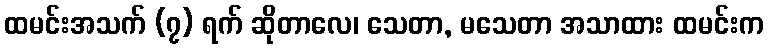
ထမင်းအသက် (၇) ရက် ဆိုတာလေ၊ သေတာ, မသေတာ အသာထား ထမင်းက